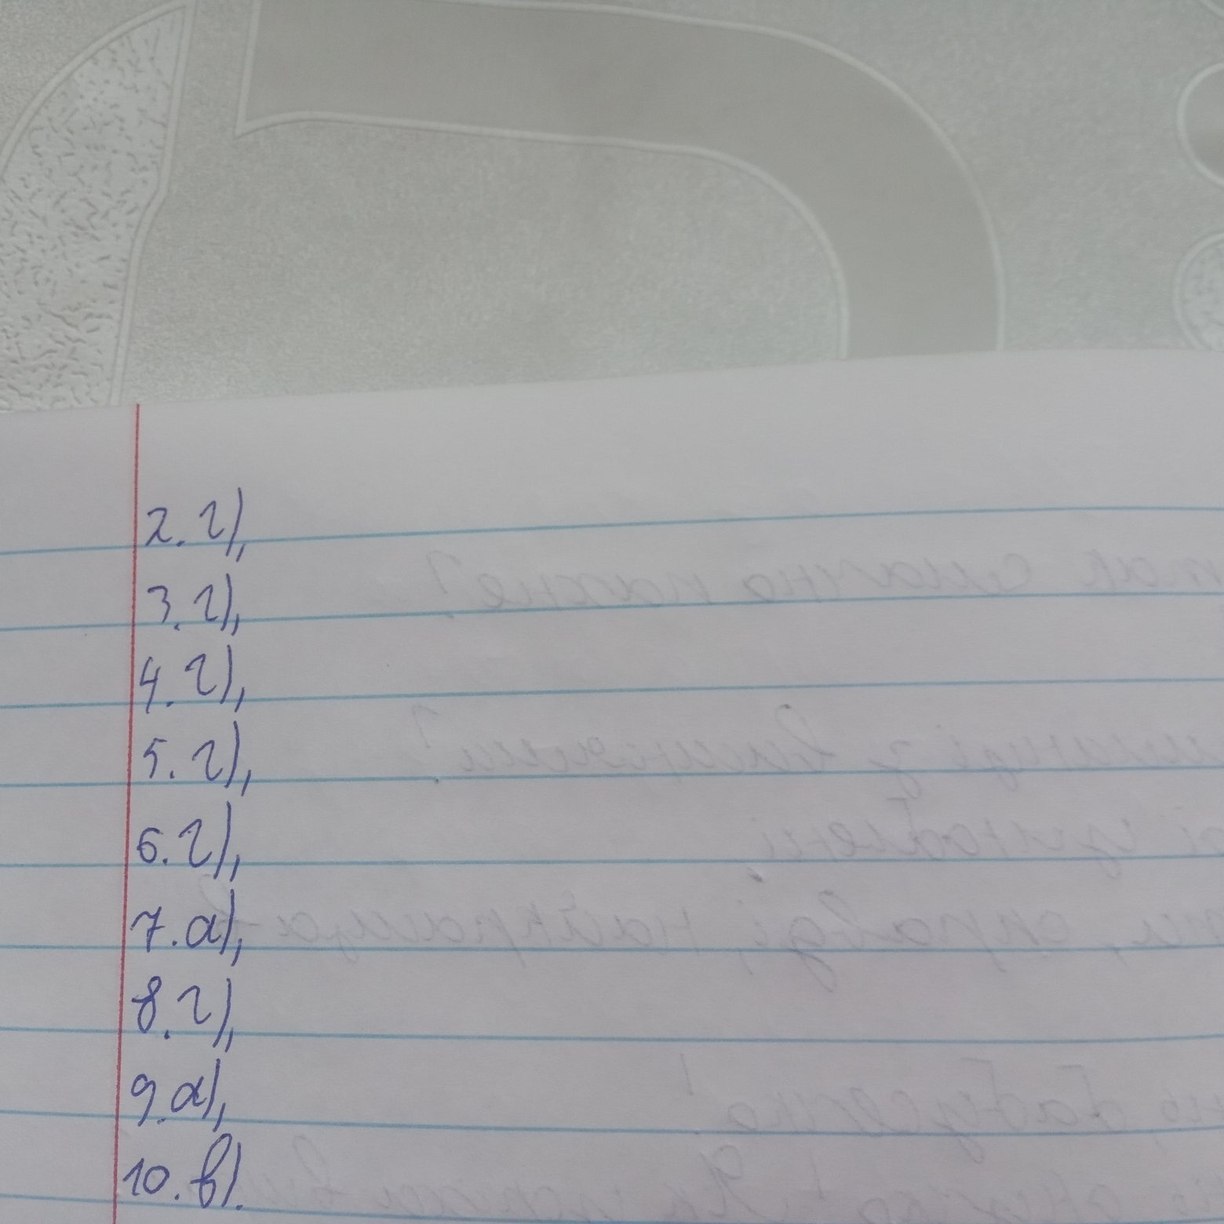
2. г),
3. г),
4. г),
5. г),
6. г),
7. a),
8. г),
9. а),
10. в).